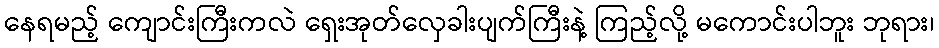
နေရမည့် ကျောင်းကြီးကလဲ ရှေးအုတ်လှေခါးပျက်ကြီးနဲ့ ကြည့်လို့ မကောင်းပါဘူး ဘုရား၊